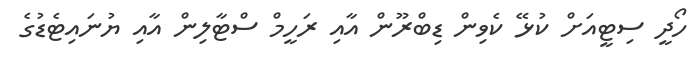
ހޯދީ ސިޓީއަށް ކުޅޭ ކެވިން ޑިބްރޫން އާއި ރަހީމް ސްޓާލިން އާއި ޔުނައިޓެޑުގެ